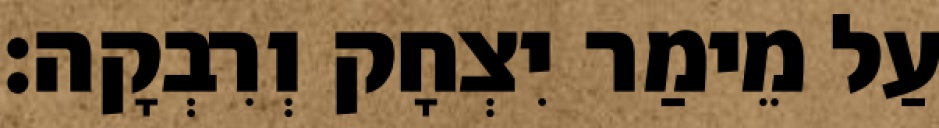
עַל מֵימַר יִצְחָק וְרִבְקָה׃